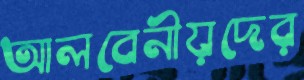
আলবেনীয়দের